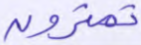
تمترون